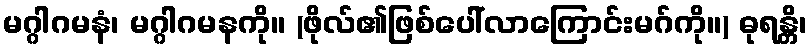
မဂ္ဂါဂမနံ၊ မဂ္ဂါဂမနကို။ (ဖိုလ်၏ဖြစ်ပေါ်လာကြောင်းမဂ်ကို။) ဓုရန္တိ၊